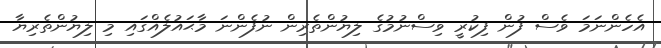
އެހެންނަމަ ވެސް ފުން ފިކުރީ ވިސްނުމުގެ ލިޔުންތެރިން ނުފެންނަ މާޙައުލެއްގައި މި ލިޔުންތެރިޔާ